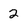
Character: 2